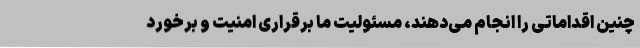
چنین اقداماتی را انجام می‌دهند، مسئولیت ما برقراری امنیت و برخورد